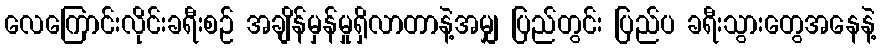
လေကြောင်းလိုင်းခရီးစဉ် အချိန်မှန်မှုရှိလာတာနဲ့အမျှ ပြည်တွင်း ပြည်ပ ခရီးသွားတွေအနေနဲ့